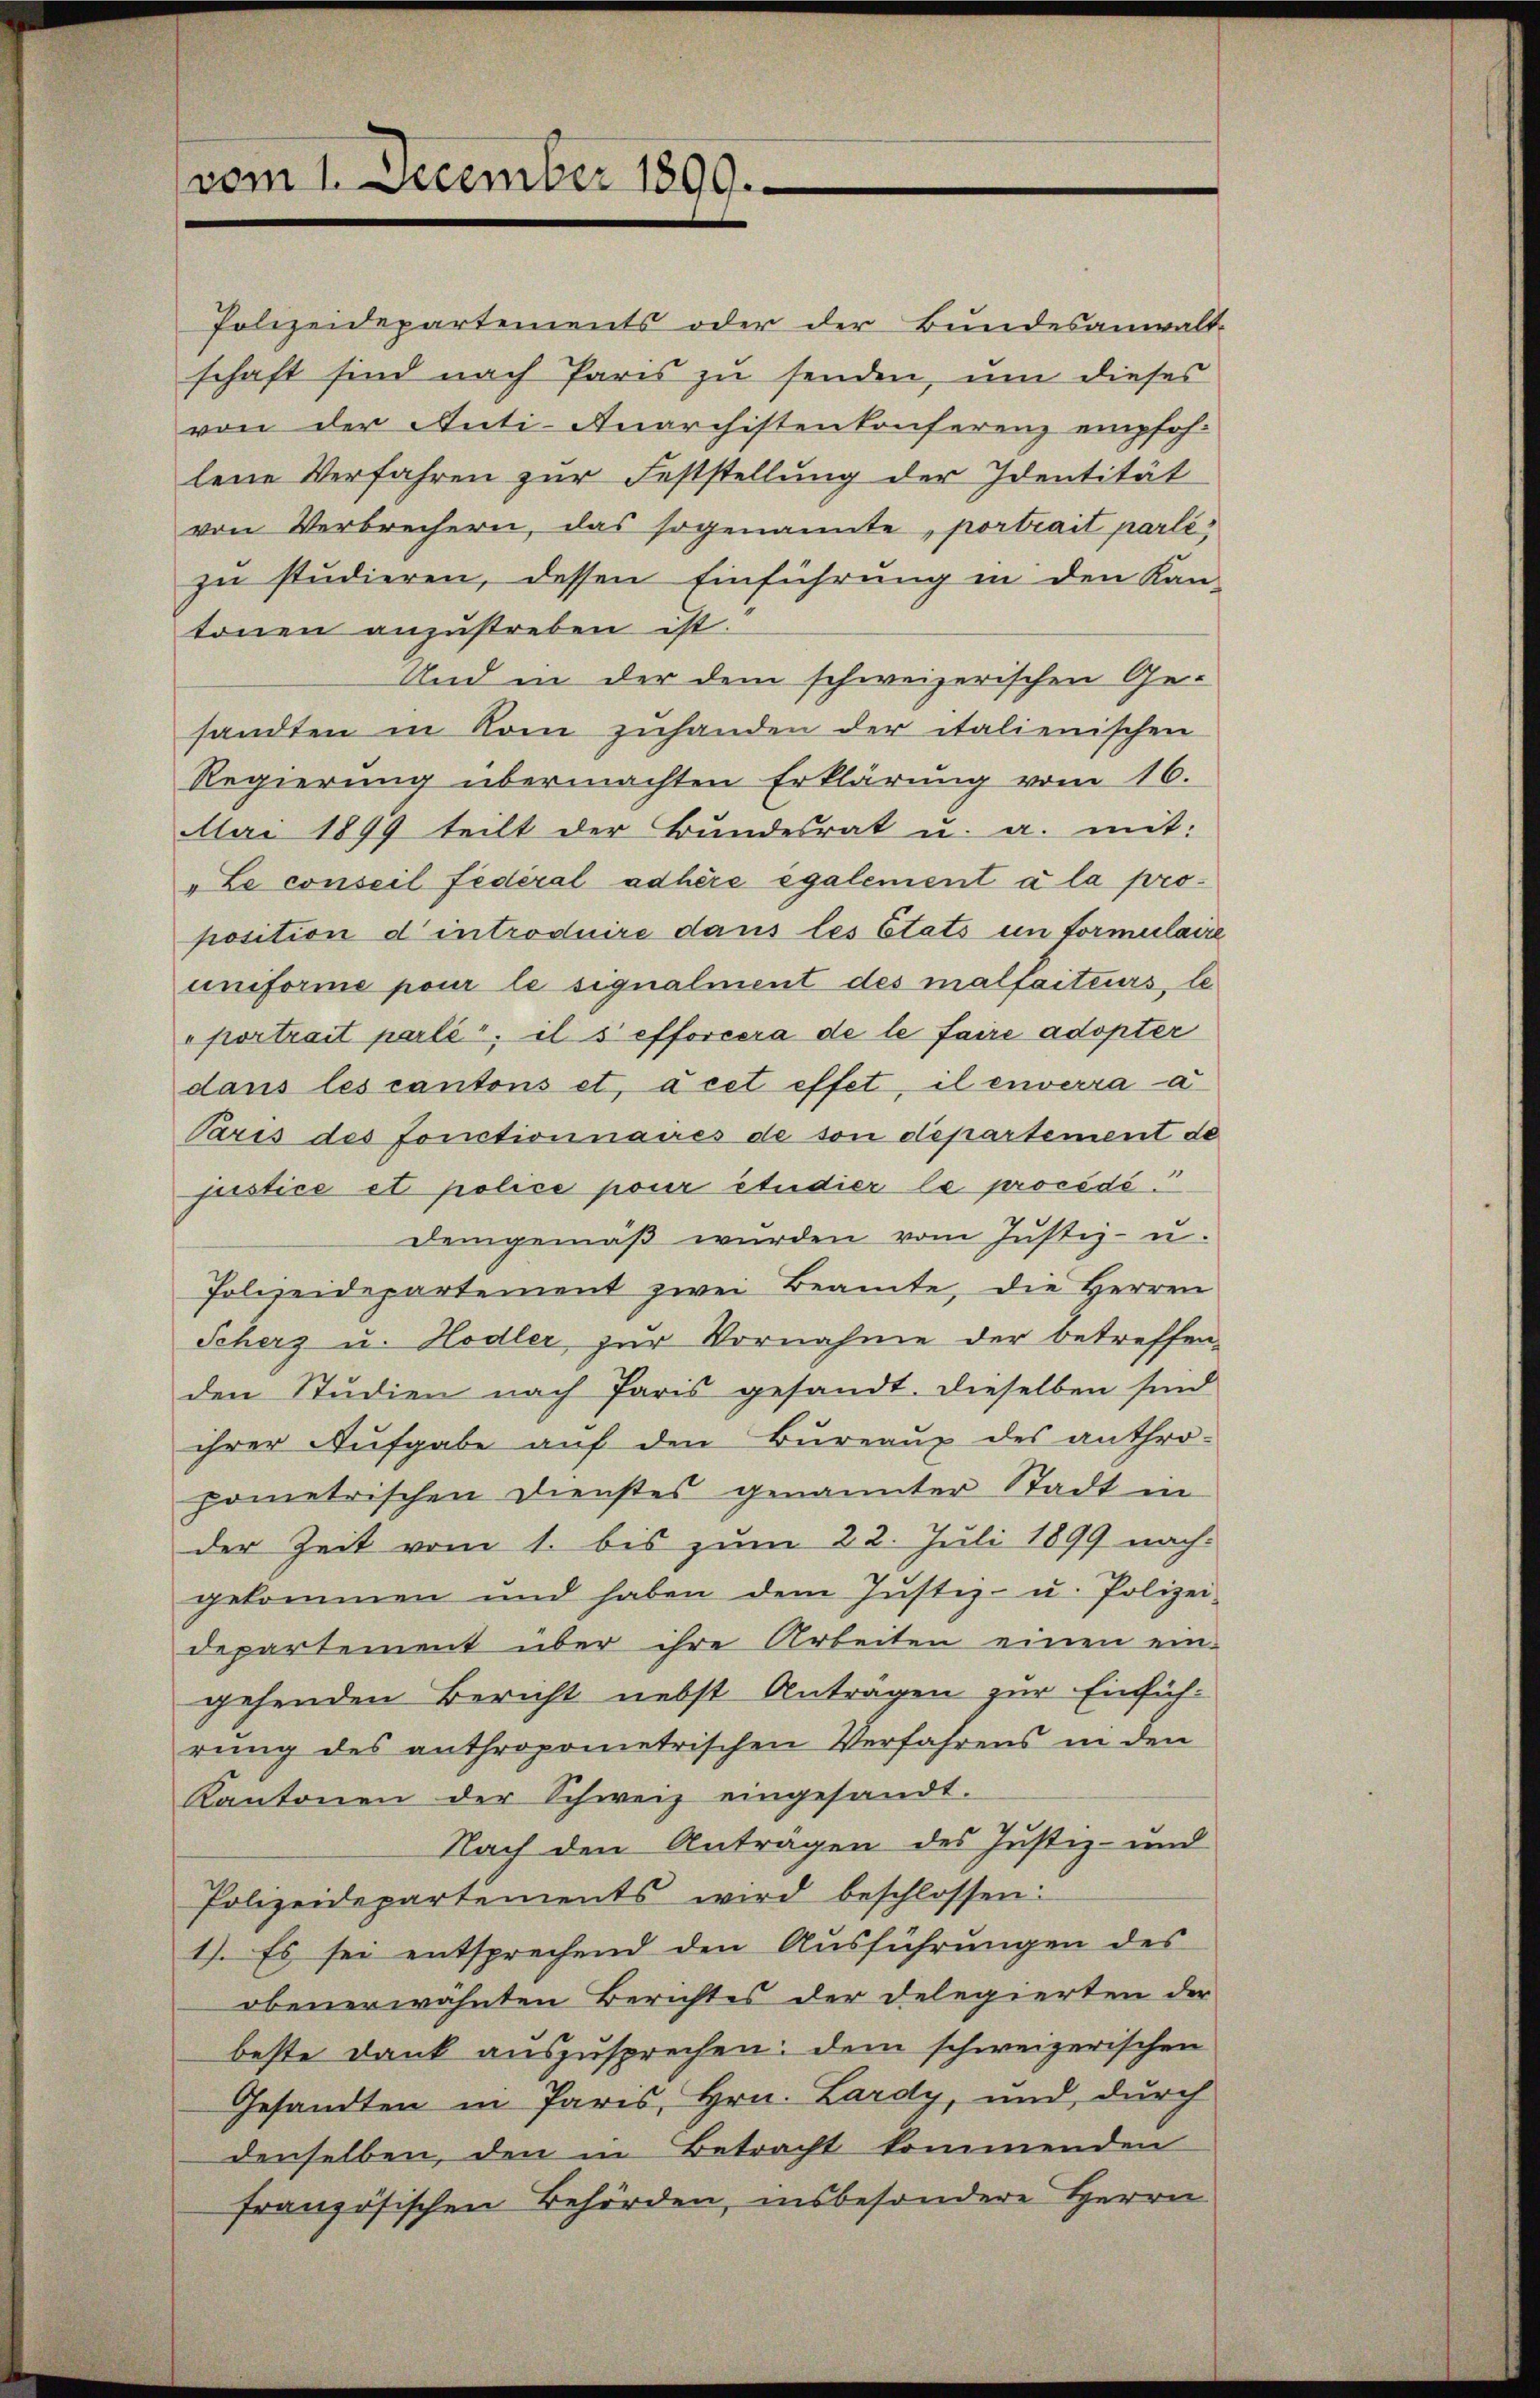
vom 1. December 1890.

Polizeidepartements oder der Bundesanwalt-
schaft sind nach Paris zu senden, um dieses
von der Anti-Anarchistenkonferenz empfoh-
lene Verfahren zur Feststellung der Identität
von Verbrechern, das sogenannte, portrait parlé
zu studieren, dessen Einführung in den Kan-
tonen anzustreben ist.
Und in der dem schweizerischen Gesandten in Rom zuhanden der italienischen
Regierung übermachten Erklärung vom 16.
Mai 1899 teilt der Bŭndesrat u. a. mit:
„Le conseil Federal adhère également à la proposition d introduire dans les Etats in Formulaire
uniforme pour le signalment des malfaiteurs, le
portrait parlé, il s'efforcera de le faire adopter
dans les cantons et, à cet effet, il enverra a
Paris des fonctionnaires de son departement de
justice et police pour étudier le procédé.
Demgemäß wurden vom Justiz- u.
Polizeidepartement zwei Beamte, die Herren
Scherz u. Hodler, zur Vornahme der betreffen-
den Studien nach Paris gesandt. Dieselben sind
ihrer Aufgabe auf den Bureaux des anthro-
pometrischen Dienstes genannter Stadt in
der Zeit vom 1. bis zum 22. Juli 1899 nachgekommen und haben dem Justiz- u. Polizei-
departement über ihre Arbeiten einen ein-
gehenden Bericht nebst Anträgen zur Einführung des anthropometrischen Verfahrens in den
Kantonen der Schweiz eingesandt.
Nach den Anträgen des Justiz- und
Polizeidepartements wird beschlossen:
1). Es sei entsprechend den Ausführungen des
obenerwähnten Berichtes der Delegierten der
beste Dank auszusprechen: dem schweizerischen
Gesandten in Paris, Hrn. Lardy, und durch
denselben, den in Betracht kommenden
französischen Behörden, insbesondere Herrn